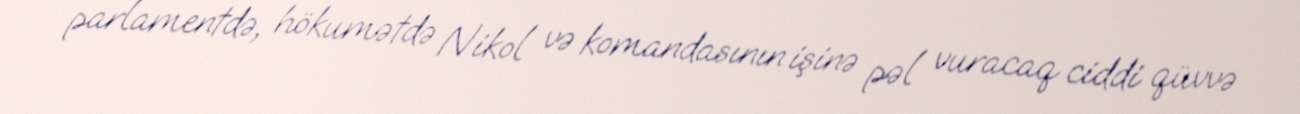
parlamentdə, hökumətdə Nikol və komandasının işinə pəl vuracaq ciddi qüvvə